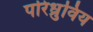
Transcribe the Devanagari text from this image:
परिध्रुविय